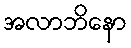
အလာဘိနော